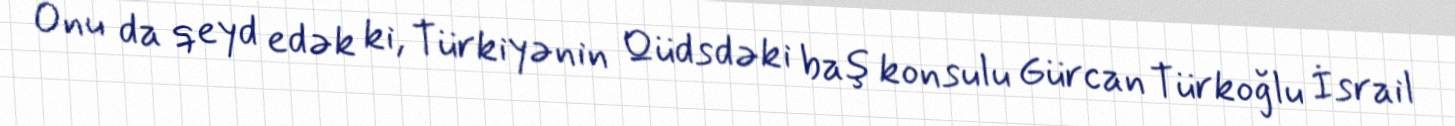
Onu da qeyd edək ki, Türkiyənin Qüdsdəki baş konsulu Gürcan Türkoğlu İsrail